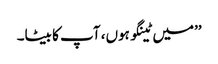
’’میں ٹینگو ہوں، آپ کا بیٹا۔